Statistics compiled by the Government of India from the reports of provincial Civil Veterinary Departments
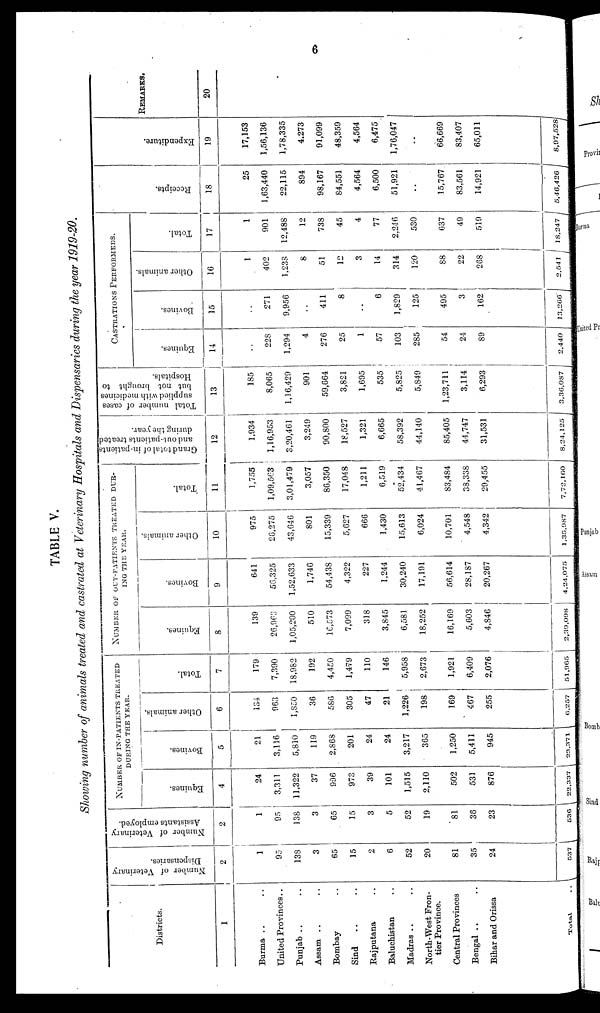
6
TABLE V.
Showing number of animals treated and castrated at Veterinary Hospitals and Dispensaries during the year 1919-20.
Districts.
1
Burma .. ..
United Provinces ..
Punjab .. ..
Assam .. ..
Bombay ..
Sind .. ..
Rajputana ..
Baluchistan ..
Madras .. ..
North-West Fron-
tier Province.
Central Provinces
Bengal .. ..
Bihar and Orissa
Total
..
Number of Veterinary
Dispensaries.
2
1
95
138
3
65
15
2
6
52
20
81
35
24
537
Number of Veterinary
Assistants employed.
2
1
95
138
3
65
15
3
5
52
19
81
36
23
536
NUMBER
OF
IN-PATIENTS TREATED
DURING THE YEAR.
Equines.
4
24
3,311
11,322
37
996
973
39
101
1,515
2,110
502
531
876
22,337
Bovines.
5
21
3,116
5,810
119
2,868
201
24
24
3,217
365
1,250
5,411
945
23,371
Other animals.
6
134
963
1,850
36
586
305
47
21
1,226
198
169
467
255
6,257
Total.
7
179
7,390
18,982
192
4,450
1,479
110
146
5,958
2,673
1,921
6,409
2,076
51,965
NUMBER OF OUT-PATIENTS TREATED DUR-
ING THE YEAR.
Equines.
8
139
26,963
1,05,200
510
16,573
7,099
318
3,845
6,581
18,252
16,169
5,603
4,846
2,39,098
Bovines.
9
641
56,325
1,52,633
1,746
54,438
4,322
227
1,244
30,240
17,191
56,614
28,187
20,267
4,24,075
Other animals.
10
975
26,275
43,646
801
15,339
5,627
666
1,430
15,613
6,024
10,701
4,548
4,342
1,35,987
Total.
11
1,755
1,09,563
3,01,479
3,057
86,350
17,048
1,211
6,519
52,434
41,467
83,484
38,338
29,455
7,72,160
Grand total of in-patients
and out-patients treated
during the year.
12
1,934
1,16,953
3,20,461
3,249
90,800
18,527
1,321
6,665
58,392
44,140
85,405
44,747
31,531
8,24,125
Total number of cases
supplied with medicines
but not brought to
Hospitals.
13
185
8,065
1,16,429
901
59,664
3,821
1,695
535
5,825
5,849
1,23,711
3,114
6,293
3,36,087
CASTRATIONS
PERFORMEDS.
Equines.
14
..
228
1,294
4
276
25
1
57
103
285
54
24
89
2,440
Bovines.
15
..
271
9,956
..
411
8
..
6
1,829
125
495
3
162
13,266
Other animals.
16
1
402
1,238
8
51
12
3
14
314
120
88
22
268
2,541
Total.
17
1
901
12,488
12
738
45
4
77
2,246
530
637
49
519
18,247
Recei pt s.
18
25
1,63,440
22,115
894
98,167
84,551
4,564
6,500
51,921
..
15,767
83,561
14,921
5,46,426
Expendi t
ur e.
19
17,153
1,56,136
1,78,335
4,273
91,099
48,359
4,564
6,475
1,76,047
..
66,669
83,407
65,011
8,97,528
REMARKS.
20